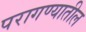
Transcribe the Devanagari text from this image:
परागण्यातील